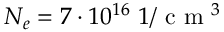
N _ { e } = 7 \cdot 1 0 ^ { 1 6 } ~ 1 / \textrm { c m } ^ { 3 }